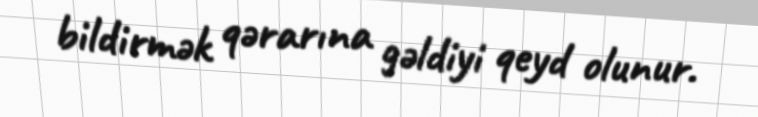
bildirmək qərarına gəldiyi qeyd olunur.